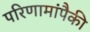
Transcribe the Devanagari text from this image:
परिणामांपैकी